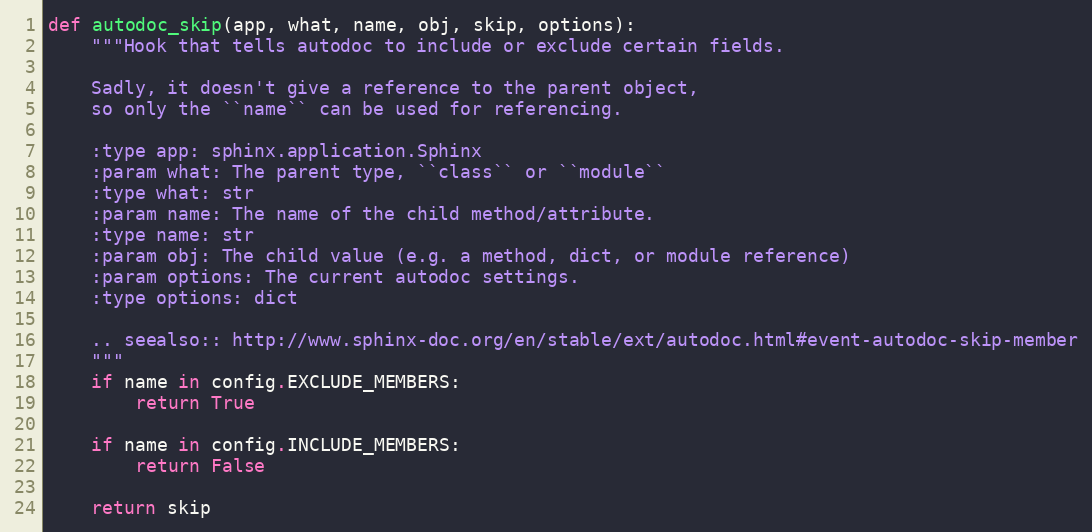
Language: Python
def autodoc_skip(app, what, name, obj, skip, options):
    """Hook that tells autodoc to include or exclude certain fields.

    Sadly, it doesn't give a reference to the parent object,
    so only the ``name`` can be used for referencing.

    :type app: sphinx.application.Sphinx
    :param what: The parent type, ``class`` or ``module``
    :type what: str
    :param name: The name of the child method/attribute.
    :type name: str
    :param obj: The child value (e.g. a method, dict, or module reference)
    :param options: The current autodoc settings.
    :type options: dict

    .. seealso:: http://www.sphinx-doc.org/en/stable/ext/autodoc.html#event-autodoc-skip-member
    """
    if name in config.EXCLUDE_MEMBERS:
        return True

    if name in config.INCLUDE_MEMBERS:
        return False

    return skip